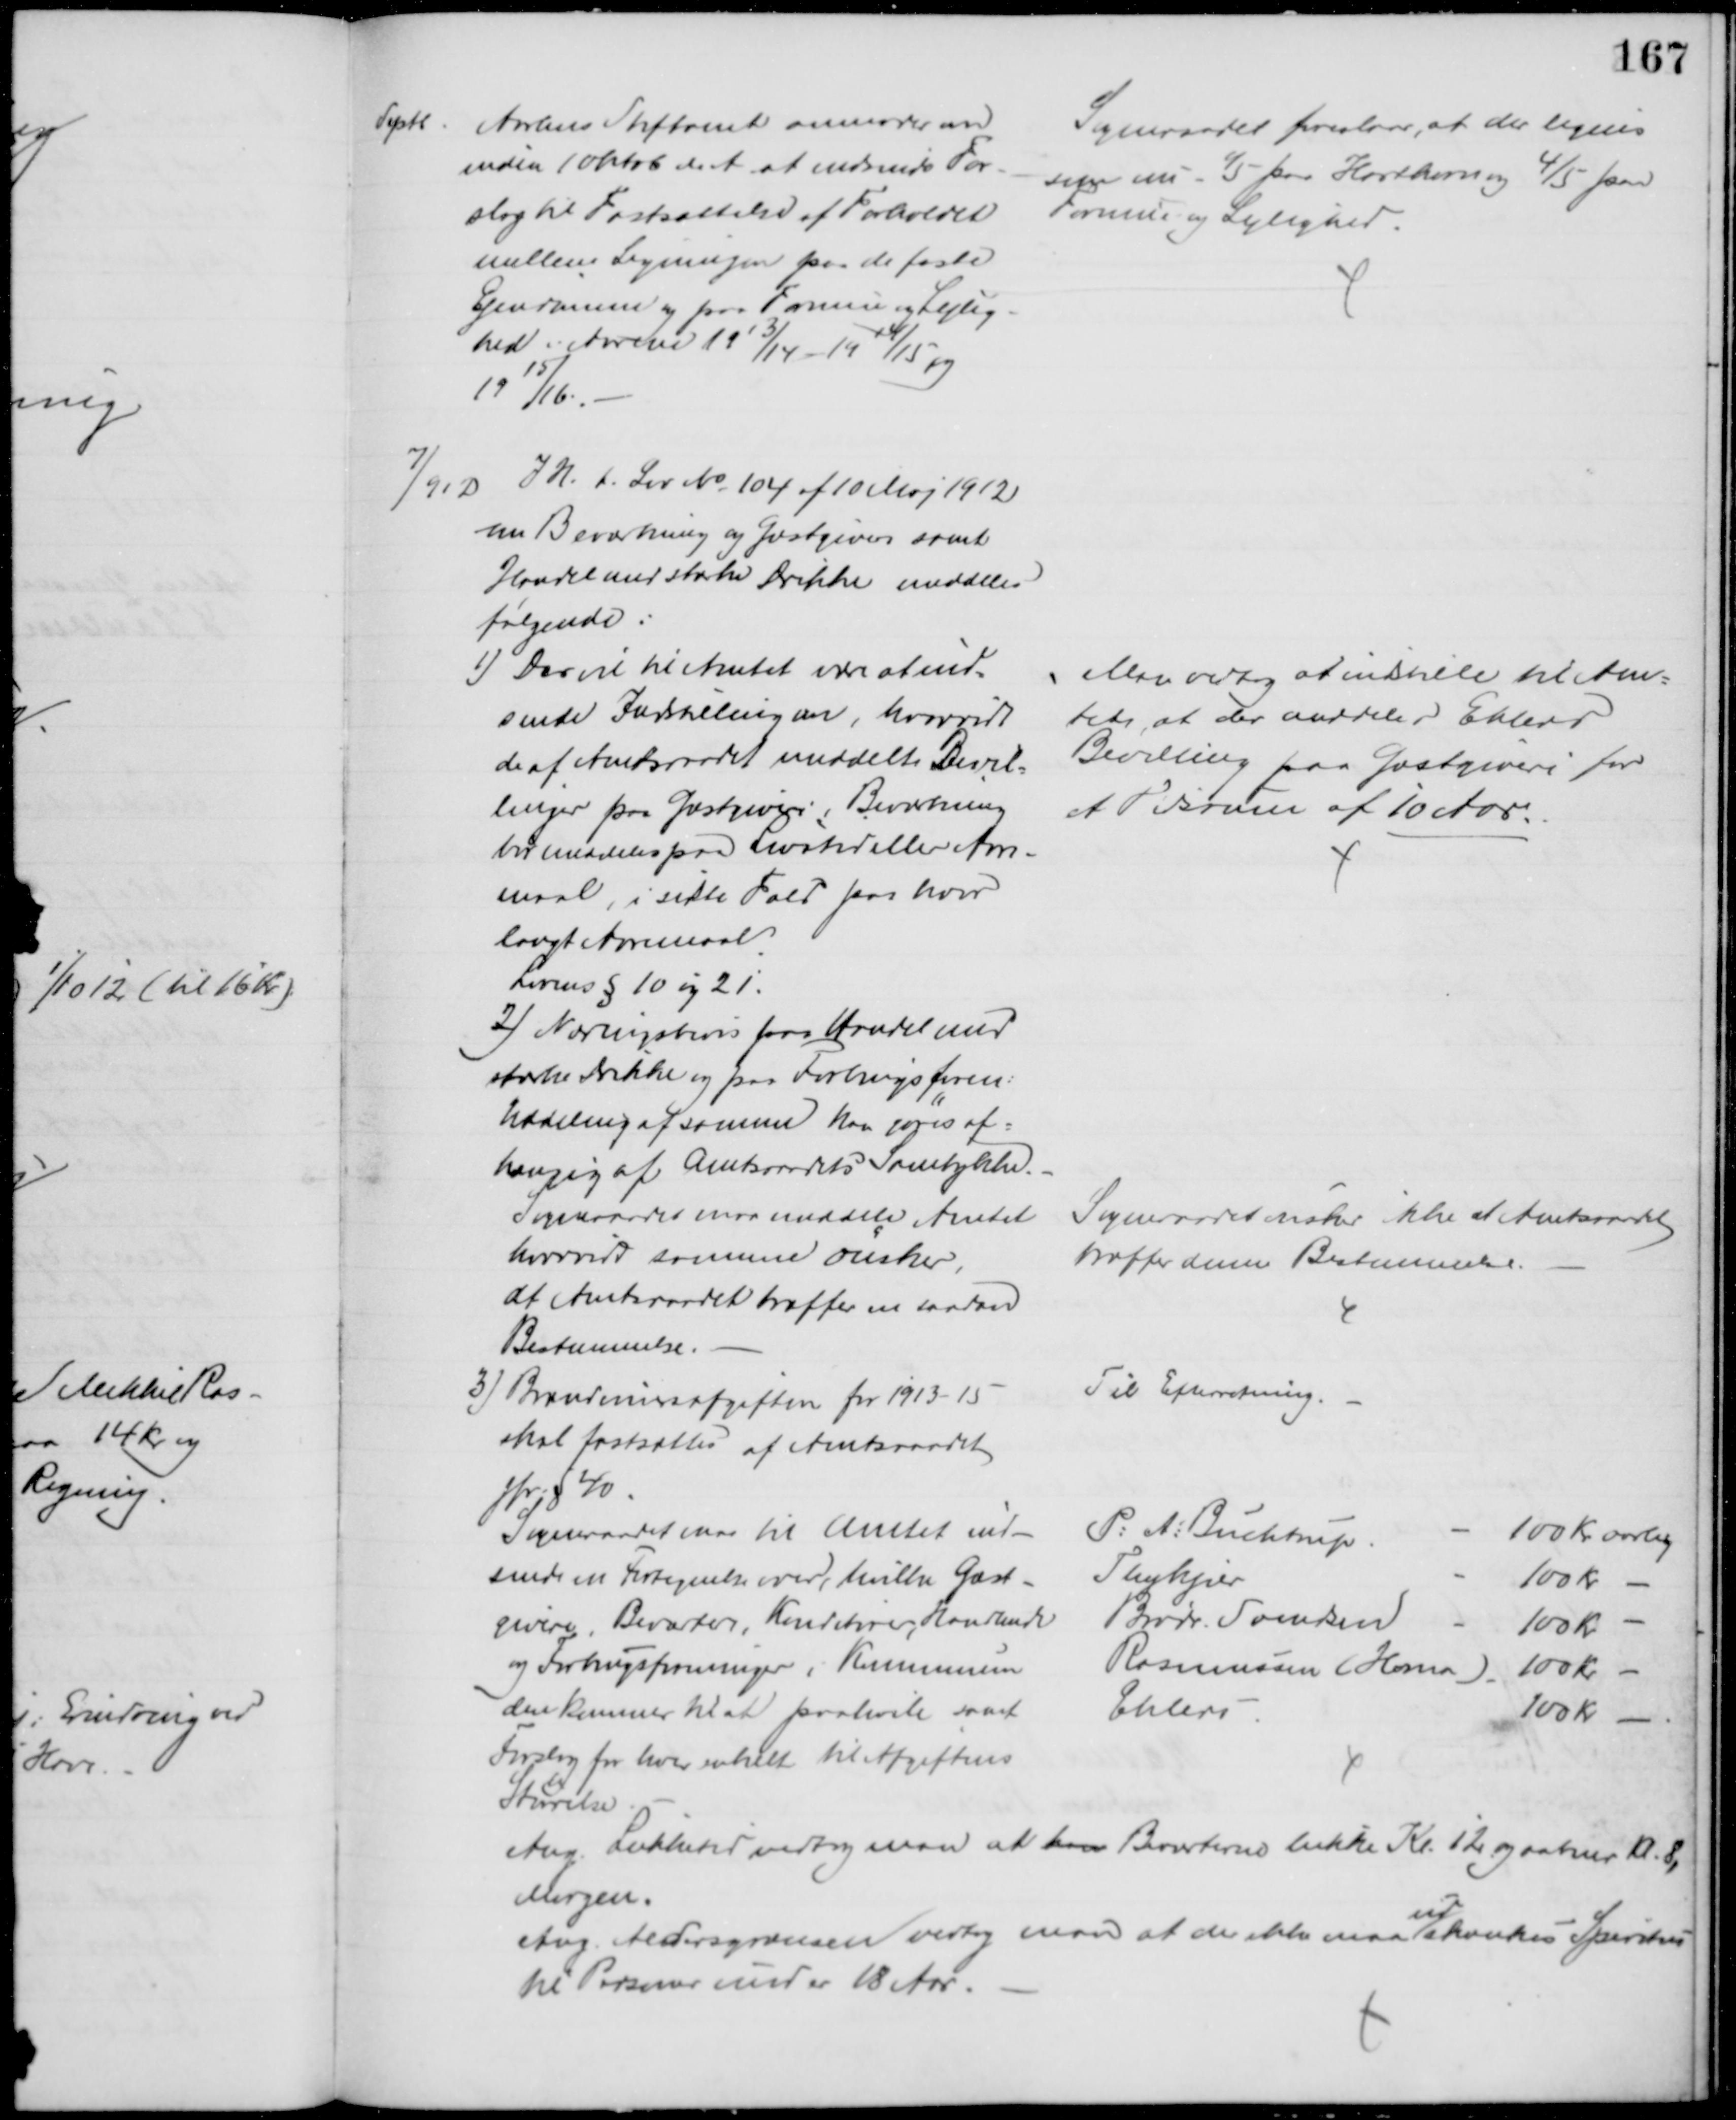
Transskription:
Septb.
Aarhus Stiftamt anmoder om
inden 1 oktob. d. A. at indsende For-
slag til Fastsættelse af Forholdet
mellem Ligningen paa de faste
Ejendomme og paa Formue og Lejlig-
hed i Aarene 1913/14 - 1914/15 og
1915/16.
Sogneraadet foreslaar, at der lignes
som nu 1/5 paa Hartkorn og 4/5 paa
Formue og Lejlighed.
7/9 12 I H. t. Lov № 104 af 10 Maj 1912
om Beværtning og Gæstgiver samt
Handel med stærke Drikke meddeles
følgende:
1) Der vil til Amtet være at ind=
sende Indstilling om, hvorvidt
de af Amtsraadet meddelte Bevil=
linger paa Gæstgiveri, Beværtning
bør meddeles paa Livstid eller Aare-
maal, i sidste Fald paa hvor
langt Aaremaal
Lovens § 10 og 21.
Man vedtog at indstille til Am=
tet, at der meddeles Ehlers
Bevilling paa Gæstgiveri for 
et Tidsrum af 10 Aar.
2) Næringsbevis for Handel med
stærke Drikke og paa Forbrugsforen:
Uddeling af samme kan søges af=
hængig af Amtsraadets Samtykke.
Sogneraadet maa meddele Amtet
hvorvidt samme ønsker,
at Amtsraadet træffer en saadan
Bestemmelse.
Sogneraadet ønsker ikke at Amtsraadet
træffer denne Bestemmelse.
3) Brændevinsafgiften for 1913 - 15
skal fastsættes af Amtsraadet
jfr. § 40.
Til Efterretning.
Sogneraadet maa til Amtet ind-
sende en Fortegnelse over, hvilke Gæst-
givere, Beværter, Konditorer, Handlende
og Forbrugsforeninger i Kommunen
den kommer til at paahvile samt
Forslag for hver enkelt til Afgiftens
Størrelse
P: A: Buchtrup
100 Kr aarlig
Thykjær
100 kr
Brødr. Svendsen
100 kr
Rasmussen (Homa) 100 Kr.
Ehlers
100 Kr.
Ang. Lukketid vedtog man at han Beværterne lukke Kl. 12 og aabner Kl. 8,
Morgen.
Ang. Aldersgrænsen vedtog man at der ikke maa 
ud
skænkes Spiritus
til Personer under 18 Aar.